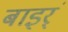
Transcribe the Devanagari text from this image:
बाइर्ं